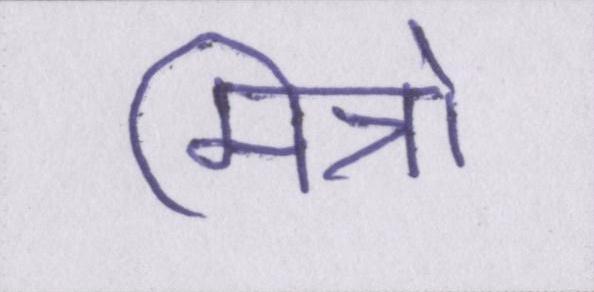
मित्रो